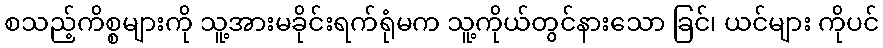
စသည့်ကိစ္စများကို သူ့အားမခိုင်းရက်ရုံမက သူ့ကိုယ်တွင်နားသော ခြင်၊ ယင်များ ကိုပင်